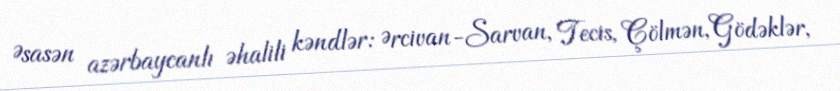
Əsasən azərbaycanlı əhalili kəndlər: Ərcivan-Sarvan, Tecis, Çölmən, Gödəklər,